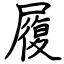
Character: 履